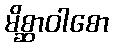
မိစ္ဆာဝါစော